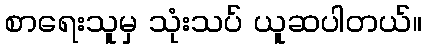
စာရေးသူမှ သုံးသပ် ယူဆပါတယ်။